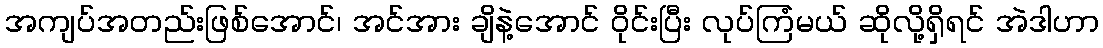
အကျပ်အတည်းဖြစ်အောင်၊ အင်အား ချိနဲ့အောင် ဝိုင်းပြီး လုပ်ကြံမယ် ဆိုလို့ရှိရင် အဲဒါဟာ